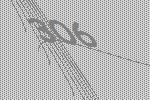
306